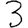
Digit: 3